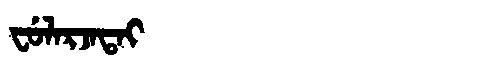
Manchu: ᠸᡠᠯᠠᡵᠵᠠᡨᠠᡳ
Romanization: FULARJATAI